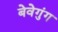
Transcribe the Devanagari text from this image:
बेवेगुंग